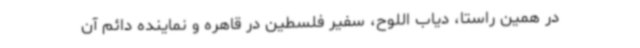
در همین راستا، دیاب اللوح، سفیر فلسطین در قاهره و نماینده دائم آن